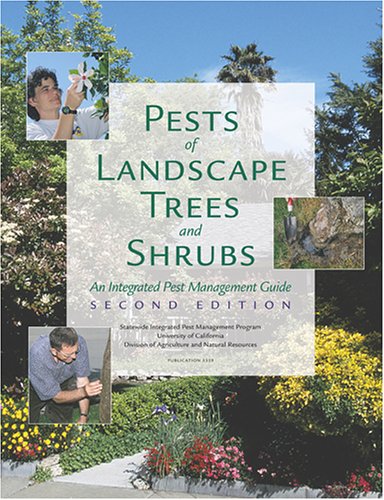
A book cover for Pests of Landscape Trees and Shrubs: An Integrated Pest Management Guide (Agriculture and Natural Resources Publication); Steve H. Dreistadt; Crafts, Hobbies & Home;